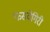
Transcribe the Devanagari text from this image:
फसवेगिरी